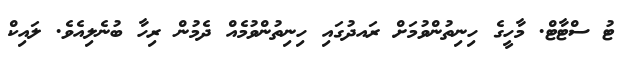
ޓު ސްޓާޓް. މާހީގެ ހިނިތުންވުމަށް ރައދުގައި ހިނިތުންވުމެއް ދެމުން ރިހާ ބުނެލިއެވެ. ލައިކް